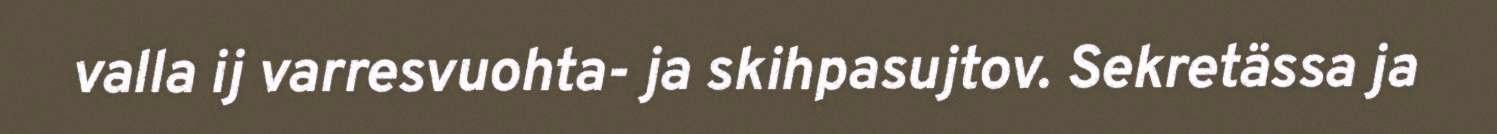
valla ij varresvuohta- ja skihpasujtov. Sekretässa ja